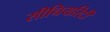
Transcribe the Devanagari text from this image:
सीनियरिटी